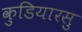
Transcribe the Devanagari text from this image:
कुडियारसु